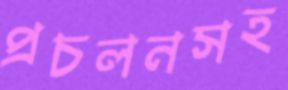
প্রচলনসহ